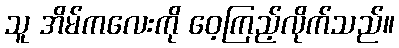
သူ အိမ်ကလေးကို ဝေ့ကြည့်လိုက်သည်။